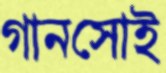
গানসোই